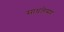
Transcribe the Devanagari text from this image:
साधलेसर